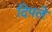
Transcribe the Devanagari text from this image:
दिपले